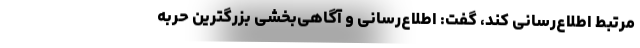
مرتبط اطلاع‌رسانی کند، گفت: اطلاع‌رسانی و آگاهی‌بخشی بزرگترین حربه